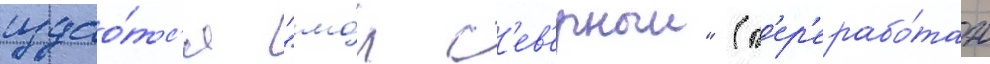
издао́тс'я "мо́л с'ев'ерныи" (п'ер'ерабо́тан